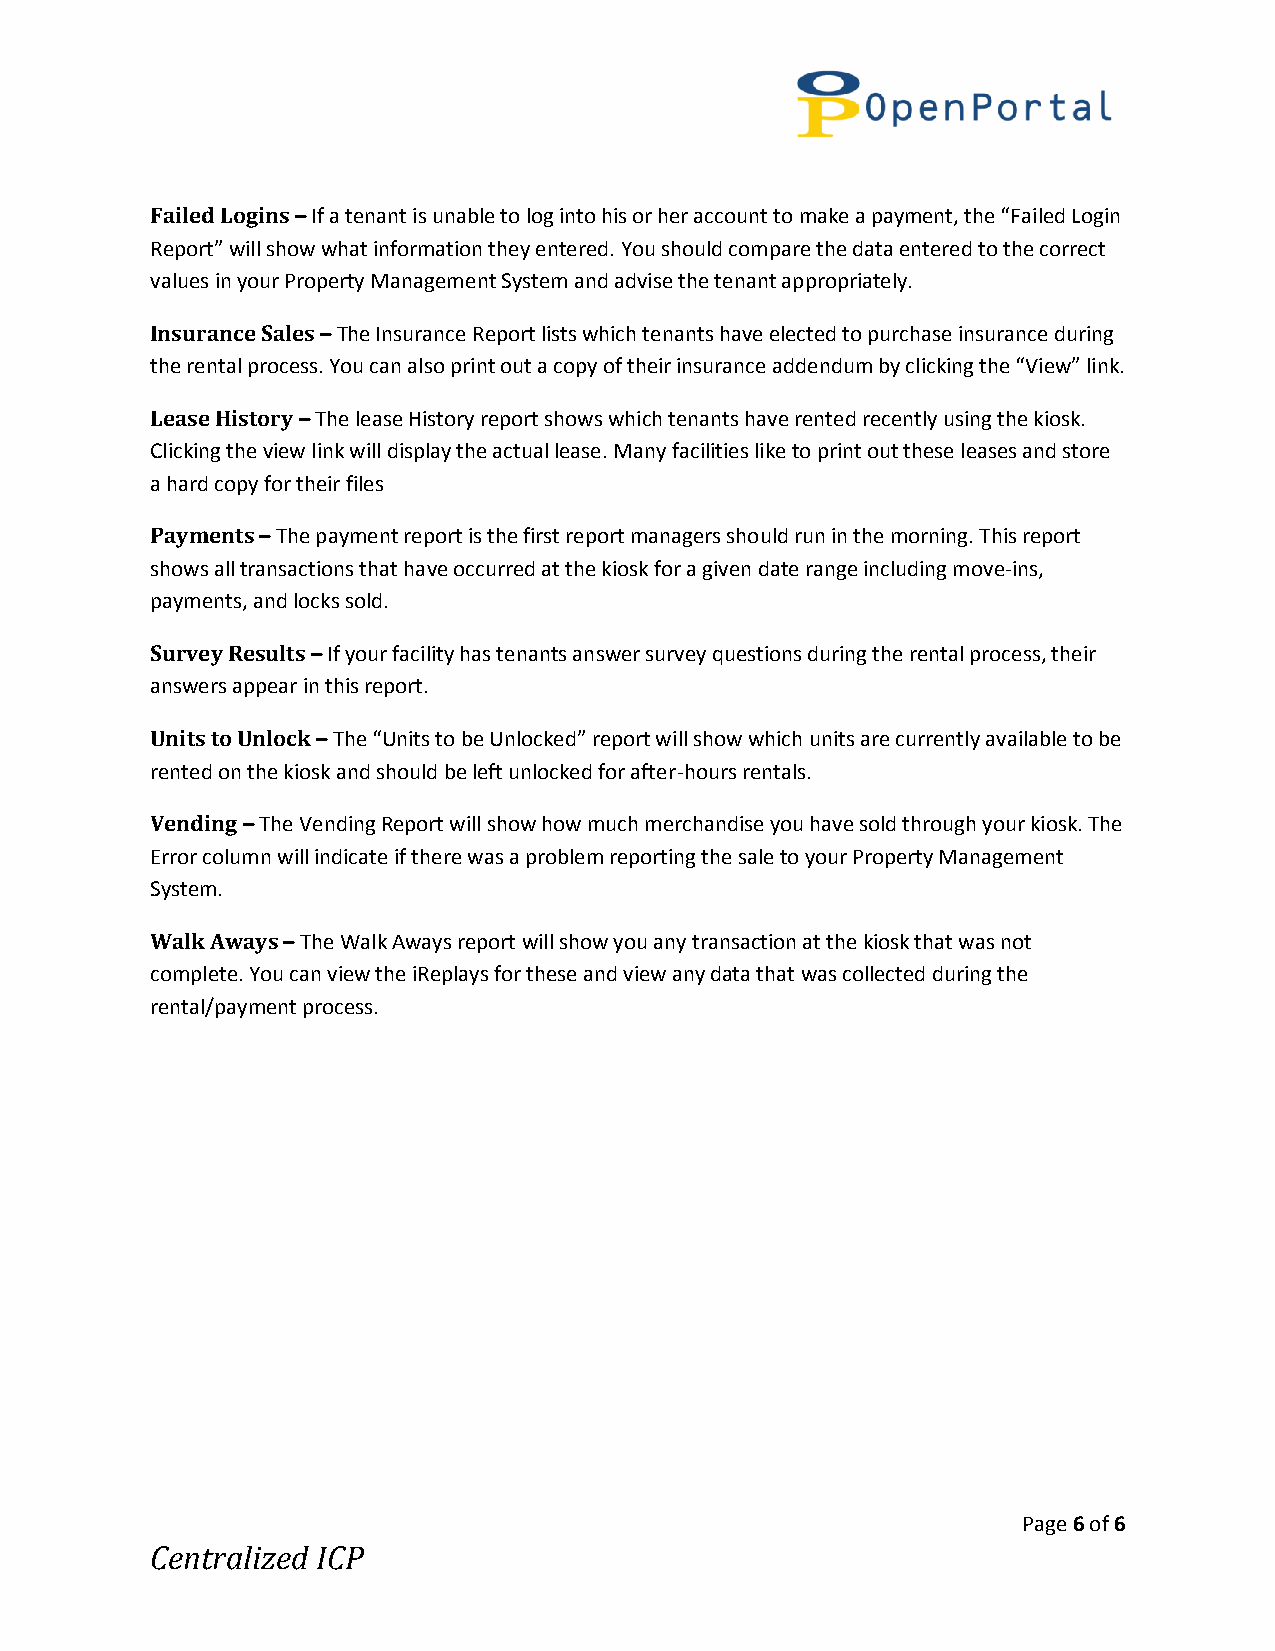
Failed Logins – If a tenant is unable to log into his or her account to make a payment, the “Failed Login
 Report” will show what information they entered. You should compare the data entered to the correct
 values in your Property Management System and advise the tenant appropriately.
 Insurance Sales – The Insurance Report lists which tenants have elected to purchase insurance during
 the rental process. You can also print out a copy of their insurance addendum by clicking the “View” link.
 Lease History – The lease History report shows which tenants have rented recently using the kiosk.
 Clicking the view link will display the actual lease. Many facilities like to print out these leases and store
 a hard copy for their files
 Payments – The payment report is the first report managers should run in the morning. This report
 shows all transactions that have occurred at the kiosk for a given date range including move-ins,
 payments, and locks sold.
 Survey Results – If your facility has tenants answer survey questions during the rental process, their
 answers appear in this report.
 Units to Unlock – The “Units to be Unlocked” report will show which units are currently available to be
 rented on the kiosk and should be left unlocked for after-hours rentals.
 Vending – The Vending Report will show how much merchandise you have sold through your kiosk. The
 Error column will indicate if there was a problem reporting the sale to your Property Management
 System.
 Walk Aways – The Walk Aways report will show you any transaction at the kiosk that was not
 complete. You can view the iReplays for these and view any data that was collected during the
 rental/payment process.
 Page 6 of 6
 Centralized ICP